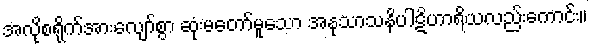
အလိုစရိုက်အားလျော်စွာ ဆုံးမတော်မူသော အနုသာသနိပါဋိဟာရိယလည်းကောင်း။